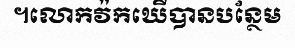
។លោកវ៉កឃើបានបន្ថែម